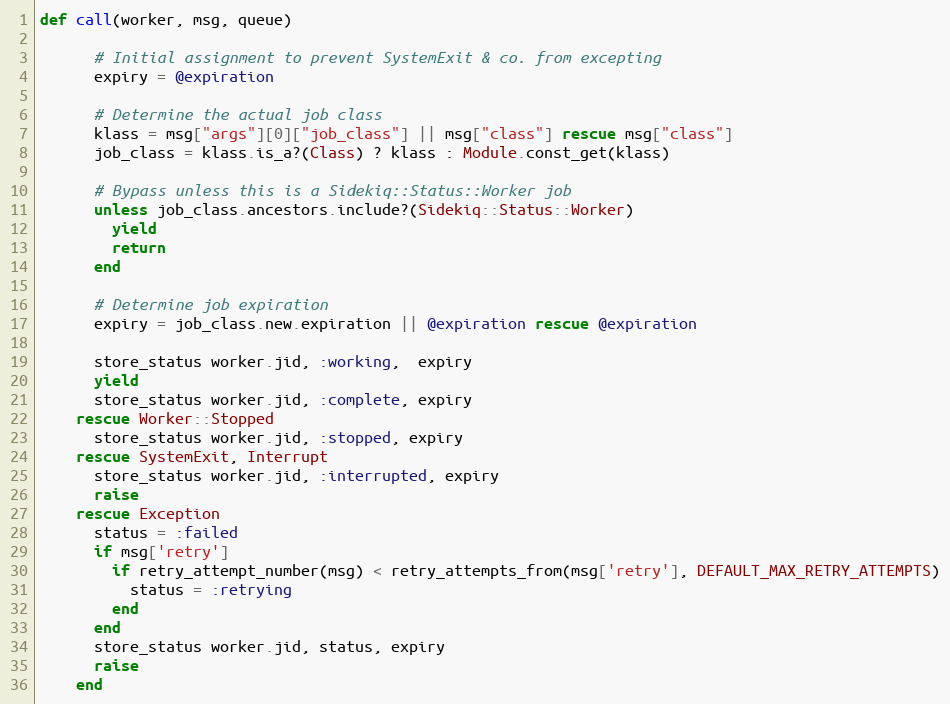
Language: Ruby
def call(worker, msg, queue)

      # Initial assignment to prevent SystemExit & co. from excepting
      expiry = @expiration

      # Determine the actual job class
      klass = msg["args"][0]["job_class"] || msg["class"] rescue msg["class"]
      job_class = klass.is_a?(Class) ? klass : Module.const_get(klass)

      # Bypass unless this is a Sidekiq::Status::Worker job
      unless job_class.ancestors.include?(Sidekiq::Status::Worker)
        yield
        return
      end

      # Determine job expiration
      expiry = job_class.new.expiration || @expiration rescue @expiration

      store_status worker.jid, :working,  expiry
      yield
      store_status worker.jid, :complete, expiry
    rescue Worker::Stopped
      store_status worker.jid, :stopped, expiry
    rescue SystemExit, Interrupt
      store_status worker.jid, :interrupted, expiry
      raise
    rescue Exception
      status = :failed
      if msg['retry']
        if retry_attempt_number(msg) < retry_attempts_from(msg['retry'], DEFAULT_MAX_RETRY_ATTEMPTS)
          status = :retrying
        end
      end
      store_status worker.jid, status, expiry
      raise
    end